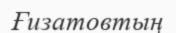
Ғизатовтың